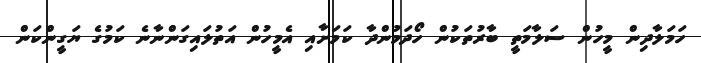
ހަމަލާދިން މީހުން ސަލާމަތީ ބާރުތަކުން ހޯދަމުންދާ ކަމަށާއި އެމީހުން އަތުލައިގަންނާނެ ކަމުގެ ޔަގީންކަން